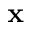
\mathbf { x }